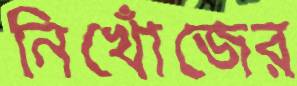
নিখোঁজের